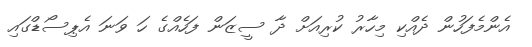
އެންމެފަހުން ދެއްކި މިހާރު ކުރިއަށް ދާ ސީޒަން ފަހެއްގެ ހަ ވަނަ އެޕިސޯޑްގައި